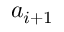
\boldsymbol { a } _ { i + 1 }